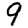
Digit: 9